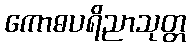
ကောဓပရိညာသုတ္တ